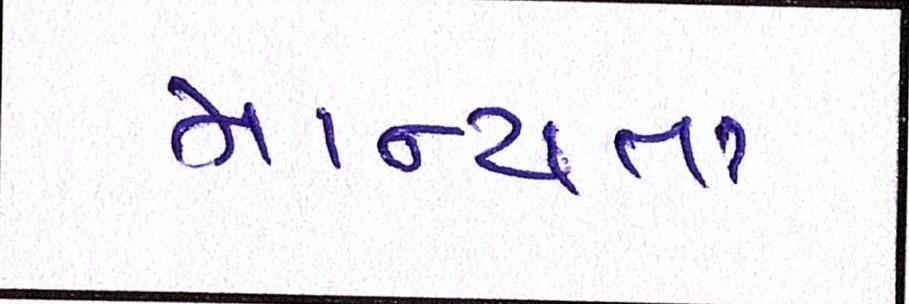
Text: માન્યતા